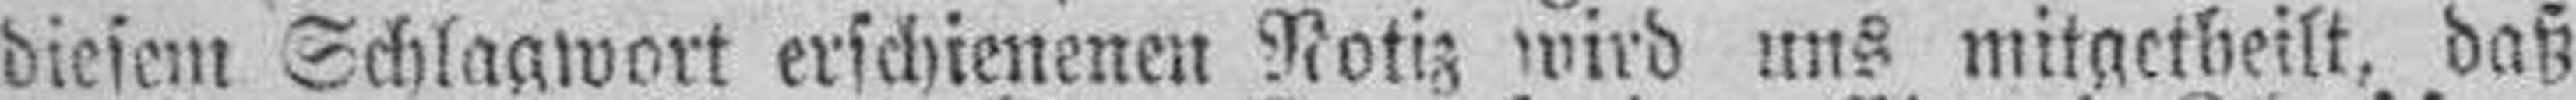
diesem Schlagwort erschienenen Notiz wird uns mitgetheilt, daß